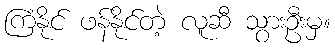
ကြံနိုင် ဖန်နိုင်တဲ့ လူဆီ သွားဦးမှ။